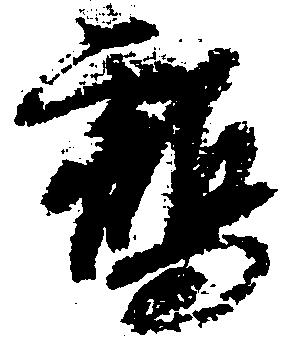
鶴